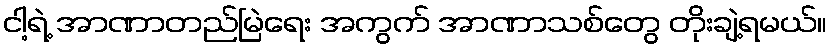
ငါ့ရဲ့ အာဏာတည်မြဲရေး အကွက် အာဏာသစ်တွေ တိုးချဲ့ရမယ်။